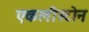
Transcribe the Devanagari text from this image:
एकलीस्टोन